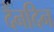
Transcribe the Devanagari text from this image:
दैंनदिन